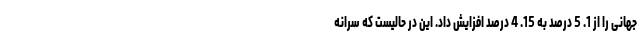
جهانی را از 1. 5 درصد به 15. 4 درصد افزایش داد. این در حالیست که سرانه